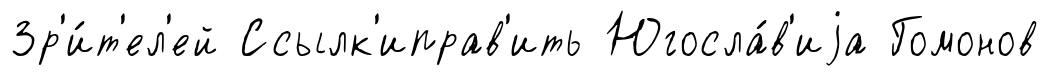
Зр'и́т'ел'ей Ссылк'иправ'ить Югосла́в'иjа Гомонов